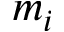
m _ { i }